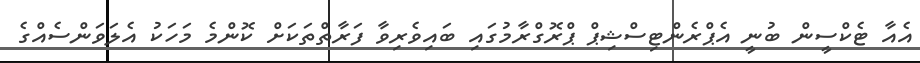
އެއާ ޓެކްސީން ބުނީ އެޕްރެންޓިސްޝިޕް ޕްރޮގްރާމުގައި ބައިވެރިވާ ފަރާތްތަކަށް ކޮންމެ މަހަކު އެލަވަންސެއްގެ